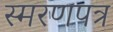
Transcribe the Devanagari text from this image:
स्मरणपत्र